Report of the Indian Hemp Drugs Commission, 1894-1895 - Volume VI
Year: 1894
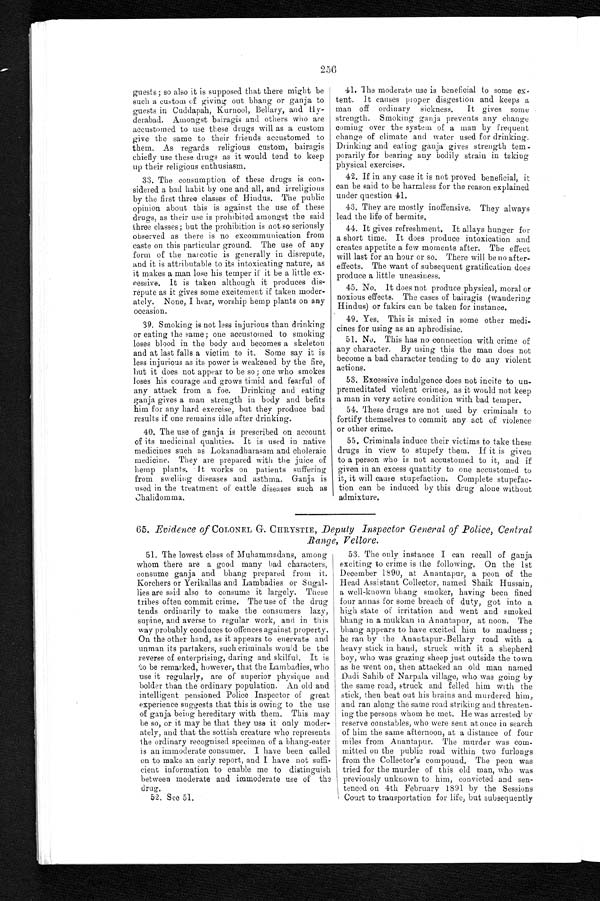
256
guests; so also it is supposed that there might be
such a custom of giving out bhang or ganja to
guests in Cuddapah, Kurnool, Bellary, and Hy-
derabad. Amongst bairagis and others who are
accustomed to use these drugs will as a custom
give the same to their friends accustomed to
them. As regards religious custom, bairagis
chiefly use these drugs as it would tend to keep
up their religious enthusiasm.
33. The consumption of these drugs is con-
sidered a bad habit by one and all, and irreligious
by the first three classes of Hindus. The public
opinion about this is against the use of these
drugs, as their use is prohibited amongst the said
three classes; but the prohibition is not so seriously
observed as there is no excommunication from
caste on this particular ground. The use of any
form of the narcotic is generally in disrepute,
and it is attributable to its intoxicating nature, as
it makes a man lose his temper if it be a little ex-
cessive. It is taken although it produces dis-
repute as it gives some excitement if taken moder-
ately. None, I hear, worship hemp plants on any
occasion.
39. Smoking is not less injurious than drinking
or eating the same; one accustomed to smoking
loses blood in the body and becomes a skeleton
and at last falls a victim to it. Some say it is
less injurious as its power is weakened by the fire,
hut it does not appear to be so; one who smokes
loses his courage and grows timid and fearful of
any attack from a foe. Drinking and eating
ganja gives a man strength in body and befits
him for any hard exercise, but they produce bad
results if one remains idle after drinking.
40. The use of ganja is prescribed on account
of its medicinal qualities. It is used in native
medicines such as Lokanadharasam and choleraic
medicine. They are prepared with the juice of
hemp plants. It works on patients suffering
from swelling diseases and asthma. Ganja
used in the treatment of cattle diseases such as
Chalidomma.
41. The moderate use is beneficial to some ex-
- t e n t . I t c a u s e s p r o p e r d i s g e s t i o n a n d k e e p s a
man off ordinary sickness. It gives some
strength. Smoking ganja prevents any change
coming over the system of a man by frequent
change of climate and water used for drinking.
Drinking and eating ganja gives strength tem-
porarily for bearing any bodily strain in taking
physical exercises.
42. If in any case it is not proved beneficial, it
can be said to be harmless for the reason explained
under question 41.
43. They are mostly inoffensive. They always
lead the life of hermits.
44. It gives refreshment. It allays hunger for
a short time. It does produce intoxication and
creates appetite a few moments after. The effect
will last for an hour or so. There will be no after-
- e f f e c t s . T h e w a n t o f s u b s e q u e n t g r a t i f i c a t i o n d o e s
produce a little uneasiness.
45. No. It does not produce physical, moral or
noxious effects. The cases of bairagis (wandering
Hindus) or fakirs can be taken for instance.
49. Yes. This is mixed in some other medi-
cines for using as an aphrodisiac.
51. No . This has no connection with crime of
any character. By using this the man does not
become a bad character tending to do any violent
actions.
53. Excessive indulgence does not incite to un-
premeditated violent crimes, as it would not keep
a man in very active condition with bad temper.
54. These drugs are not used by criminals to
fortify themselves to commit any act of violence
or other crime.
55. Criminals induce their victims to take these
drugs in view to stupefy them. If it is given
to a person who is not accustomed to it, and if
given in an excess quantity to one accustomed to
it, it will cause stupefaction. Complete stupefac-
tion can be induced by this drug alone without
admixture.
65. Evidence of COLONEL G. CHRYSTIE, Deputy Inspector General of Police, Central
Range, Vellore.
51. The lowest class of Muhammadans, among
whom there are a good many bad characters,
consume ganja and bhang prepared from it.
Korchers or Yerikallas and Lambadies or Sugal--
lies are said also to consume it largely. These
tribes often commit crime. The use of the drug
tends ordinarily to make the consumers lazy,
supine, and averse to regular work, and in this
way probably conduces to offences against property.
On the other hand, as it appears to enervate and
unman its partakers, such criminals would be the
reverse of enterprising, daring and skilful. It is
to be remarked, however, that the Lambadies, who
use it regularly, are of superior physique and
bolder than the ordinary population. An old and
intelligent pensioned Police Inspector of great
experience suggests that this is owing to the use
of ganja being hereditary with them. This may
be so, or it may be that they use it only moder--
ately, and that the sottish creature who represents
the ordinary recognised specimen of a bhang-eater
is an immoderate consumer. I have been called
on to make an early report, and I have not suffi--
cient information to enable me to distinguish
between moderate and immoderate use of the
drug.
52. See 51,
53. The only instance I can recall of ganja
exciting to crime is the following. On the 1st
December 1890, at Anantapur, a peon of the
Head Assistant Collector, named Shaik Hussain,
a well-known bhang smoker, having been fined
four annas for some breach of duty, got into a
high state of irritation and went and smoked
bhang in a mukkan in Anantapur, at noon. The
bhang appears to have excited him to madness ;
he ran by the Anantapur-Bellary road with a
heavy stick in hand, struck with it a shepherd
boy, who was grazing sheep just outside the town
as he went on, then attacked an old man named
Dadi Sahib of Narpala, village, who was going by
the same road, struck and felled him with the
stick, then beat out his brains and murdered him,
and ran along the same road striking and threaten-
ing the persons whom he met. He was arrested by
reserve constables, who were sent at once in search
of him the same afternoon, at a distance of four
miles from Anantapur. The murder was com-
mitted on the public road within two furlongs
from the Collector's compound. The peon was
tried for the murder of this old man, who was
previously unknown to him, convicted and sen-
tenced on 4th February 1891 by the Sessions
Court to transportation for life, but subsequently